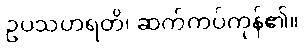
ဥပသဟရတိ၊ ဆက်ကပ်ကုန်၏။